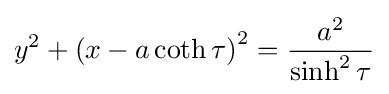
y^{2}+\left(x-a\coth \tau \right)^{2}={\frac {a^{2}}{\sinh ^{2}\tau }}